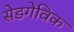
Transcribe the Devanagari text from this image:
सेडगेविक